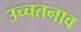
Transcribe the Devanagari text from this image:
उच्चतनाव